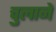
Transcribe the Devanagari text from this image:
चुलाने